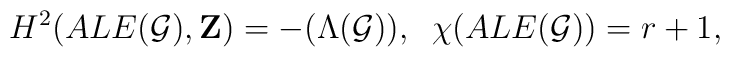
H^{2}(ALE({\cal G}),{\bf Z})=-(\Lambda({\cal G})),\;\;\chi(ALE({\cal G}))=r+1,